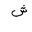
Letter: _shin